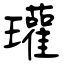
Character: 瓘